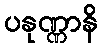
ပနုဏ္ဏာနိ